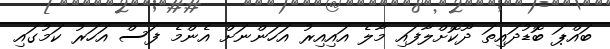
ބައްޕަ ބޮޑުދައިތަ ދޫކޮށްލާފައި މާލެ އައިއިރު އަހަންނަށް އެންމެ ފަސް އަހަރު ކަމުގައި